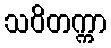
သဝိတက္ကာ